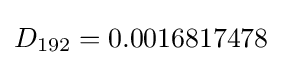
D_{192}=0.0016817478